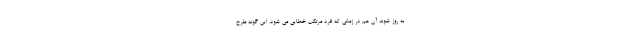
به روز شوند آن هم در زمانی که فرد مرتکب خطایی می شود، این گونه طرح